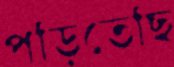
পড়িতেছি